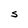
Character: S